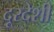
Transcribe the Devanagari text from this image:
दूरदेशी